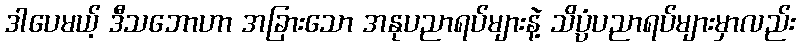
ဒါပေမယ့် ဒီသဘောဟာ အခြားသော အနုပညာရပ်များနဲ့ သိပ္ပံပညာရပ်များမှာလည်း